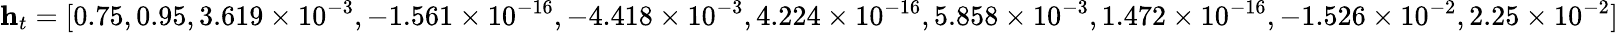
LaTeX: \mathbf{h}_{t}=[0.75,0.95,3.619\times 10^{-3},-1.561\times 10^{-16},-4.418\times 10^{-3},4.224\times 10^{-16},5.858\times 10^{-3},1.472\times 10^{-16},-1.526\times 10^{-2},2.25\times 10^{-2}]